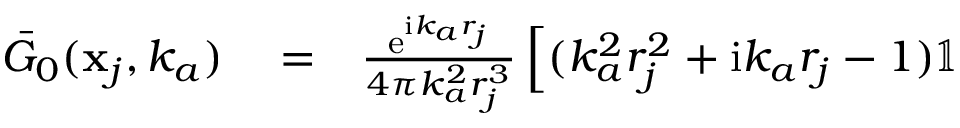
\begin{array} { r l r } { \bar { G } _ { 0 } ( \mathbf { x } _ { j } , k _ { a } ) } & { { } = } & { \frac { \mathrm { e } ^ { \mathrm { i } k _ { a } r _ { j } } } { 4 \pi k _ { a } ^ { 2 } r _ { j } ^ { 3 } } \left[ ( k _ { a } ^ { 2 } r _ { j } ^ { 2 } + \mathrm { i } k _ { a } r _ { j } - 1 ) \mathbb { 1 } \right. } \end{array}